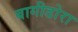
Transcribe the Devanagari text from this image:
बागीडोरा